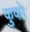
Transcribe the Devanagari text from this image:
कुको